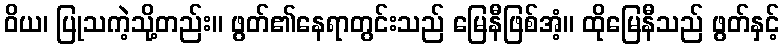
ဝိယ၊ ပြုသကဲ့သို့တည်း။ ဖွတ်၏နေရာတွင်းသည် မြေနီဖြစ်အံ့။ ထိုမြေနီသည် ဖွတ်နှင့်